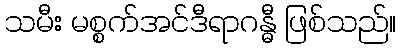
သမီး မစ္စက်အင်ဒီရာဂန္ဓီ ဖြစ်သည်။